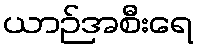
ယာဉ်အစီးရေ